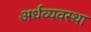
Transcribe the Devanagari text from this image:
अर्धव्यवस्था